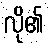
လို၏